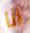
انا